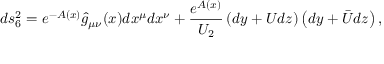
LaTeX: d s _ { 6 } ^ { 2 } = e ^ { - A ( x ) } \hat { g } _ { \mu \nu } ( x ) d x ^ { \mu } d x ^ { \nu } + \frac { e ^ { A ( x ) } } { U _ { 2 } } \left( d y + U d z \right) \left( d y + \bar { U } d z \right) ,